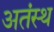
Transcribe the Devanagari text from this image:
अतंस्थ